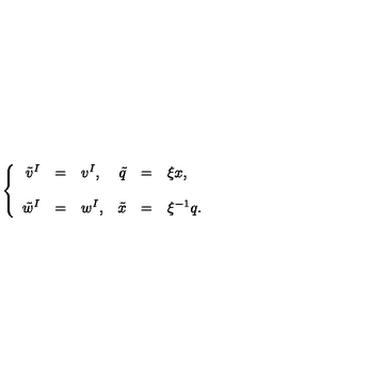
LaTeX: \left\{ \begin{array} { r c l r c l } { \tilde { v } ^ { I } } & { = } & { v ^ { I } , } & { \tilde { q } } & { = } & { \xi x , } \\ { } & { } & { } \\ { \tilde { w } ^ { I } } & { = } & { w ^ { I } , } & { \tilde { x } } & { = } & { \xi ^ { - 1 } q . } \\ \end{array} \right.